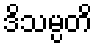
ဒိသမ္ပတိ